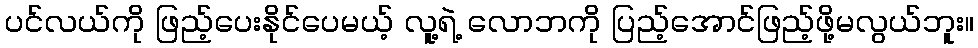
ပင်လယ်ကို ဖြည့်ပေးနိုင်ပေမယ့် လူ့ရဲ့ လောဘကို ပြည့်အောင်ဖြည့်ဖို့မလွယ်ဘူး။